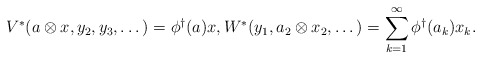
\begin{align*} V^\ast(a \otimes x , y_2,y_3,\dots) = \phi^\dagger(a)x, W^\ast(y_1,a_2\otimes x_2,\dots) = \sum_{k=1}^\infty \phi^\dagger(a_k)x_k. \end{align*}